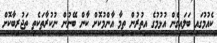
ކެއުމުގައި ބަލައިގެން އުޅުމުގެ އިތުރުން ތިމާ އާންމުކޮށް ކާން ބޭނުން ނުކުރާތަކެތި ތަޖުރިބާކޮށް